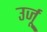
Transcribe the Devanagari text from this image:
उर्जू